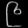
Digit: ၉